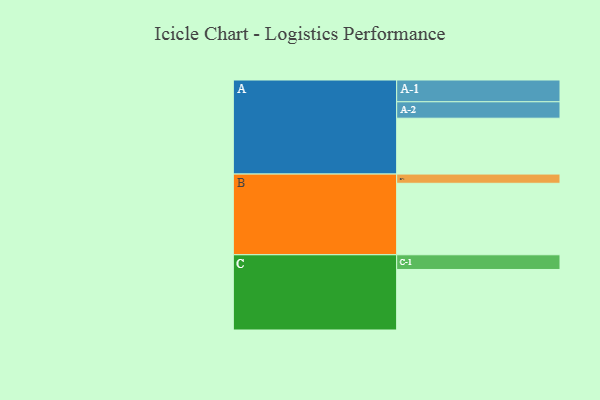
{"axis": {"x": "Segment", "y": "Value"}, "legend": ["", "A", "B", "C"], "data": [{"x": "A", "y": 418, "type": ""}, {"x": "B", "y": 535, "type": ""}, {"x": "C", "y": 453, "type": ""}, {"x": "A-1", "y": 163, "type": "A"}, {"x": "A-2", "y": 123, "type": "A"}, {"x": "B-1", "y": 69, "type": "B"}, {"x": "C-1", "y": 110, "type": "C"}]}